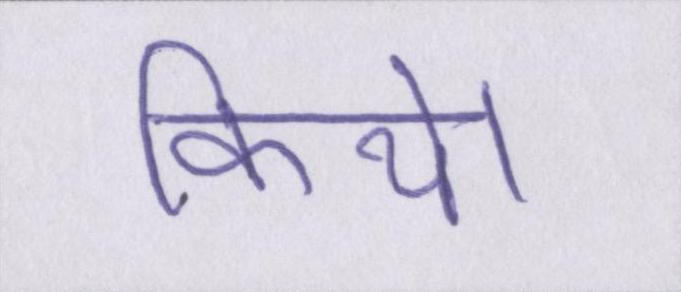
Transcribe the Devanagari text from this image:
किये।